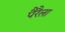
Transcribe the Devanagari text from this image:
पैरैला